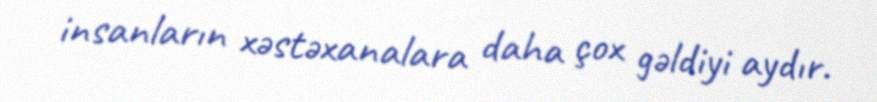
insanların xəstəxanalara daha çox gəldiyi aydır.